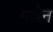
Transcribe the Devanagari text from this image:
गल्लेन